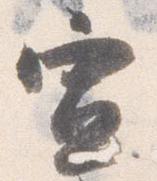
宣